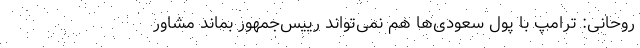
روحانی: ترامپ با پول سعودی‌ها هم نمی‌تواند رییس‌جمهور بماند مشاور